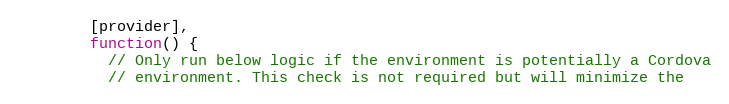
Language: JavaScript
        [provider],
        function() {
          // Only run below logic if the environment is potentially a Cordova
          // environment. This check is not required but will minimize the